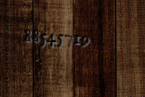
88545719